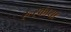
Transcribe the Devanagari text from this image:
रूस्काया